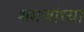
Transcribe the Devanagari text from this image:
श्रमणांच्या